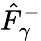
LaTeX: \hat{F}_{\gamma}^{-}